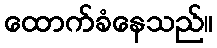
ထောက်ခံနေသည်။